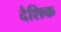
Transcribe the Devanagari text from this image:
दैशिक